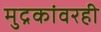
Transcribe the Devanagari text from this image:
मुद्रकांवरही